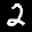
Label: 2